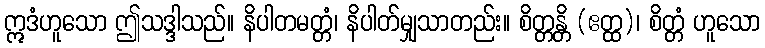
ဣဒံဟူသော ဤသဒ္ဒါသည်။ နိပါတမတ္တံ၊ နိပါတ်မျှသာတည်း။ စိတ္တန္တိ (ဧတ္ထ)၊ စိတ္တံ ဟူသော